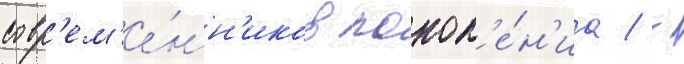
совр'ем'е́нн'иков покол'е́н'иа / -